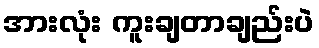
အားလုံး ကူးချတာချည်းပဲ